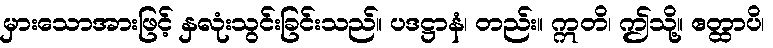
မှားသောအားဖြင့် နှလုံးသွင်းခြင်းသည်။ ပဒဋ္ဌာနံ၊ တည်း။ ဣတိ၊ ဤသို့။ ဧတ္ထာပိ၊